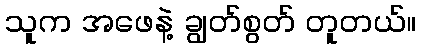
သူက အဖေနဲ့ ချွတ်စွတ် တူတယ်။